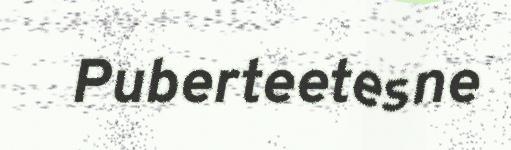
Puberteetesne